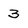
Character: 3